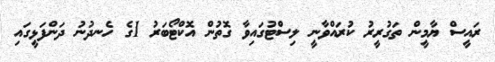
ރައީސް ޔާމީން ތަގުރީރު ކުރައްވާނީ ލިސްޓުގައިވާ ގޮތުން އޮކްޓޯބަަރު 1ގެ ހެނދުނު ދަންފަޅީގައި